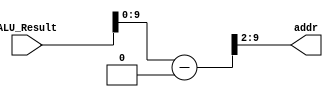
module AddressMapper(
		input[31:0] ALU_Result,
		output [7:0] addr);
	assign addr = (ALU_Result - 11'd1024) >> 2 ;
endmodule